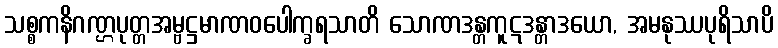
သစ္စကနိဂဏ္ဌပုတ္တအမ္ဗဋ္ဌမာဏဝပေါက္ခရသာတိ သောဏဒန္တကူဋဒန္တာဒယော, အမနုဿပုရိသာပိ